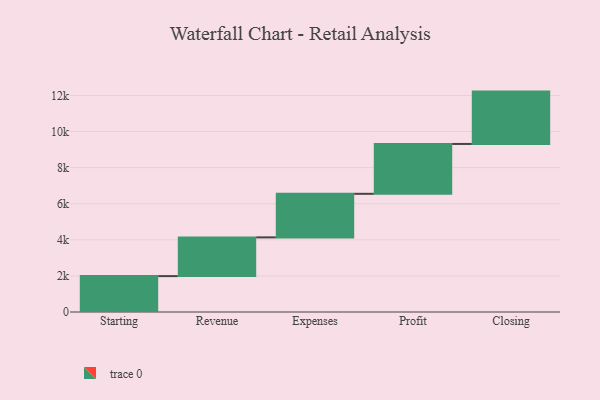
{"axis": {"x": "Step", "y": "Value"}, "legend": [""], "data": [{"x": "Starting", "y": 1989.0, "type": ""}, {"x": "Revenue", "y": 2146.0, "type": ""}, {"x": "Expenses", "y": 2415.0, "type": ""}, {"x": "Profit", "y": 2763.0, "type": ""}, {"x": "Closing", "y": 2901.0, "type": ""}]}